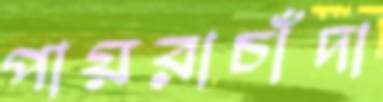
পায়রাচাঁদা